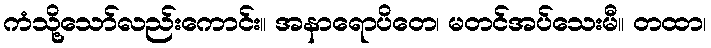
ကံသို့သော်လည်းကောင်း။ အနာရောပိတေ၊ မတင်အပ်သေးမီ။ တထာ၊